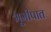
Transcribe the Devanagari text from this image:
भूमीपात